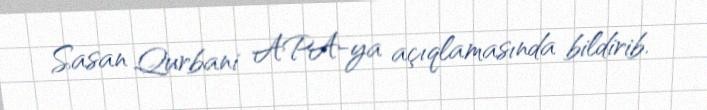
Sasan Qurbani APA-ya açıqlamasında bildirib.